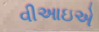
વીઆઇએ